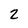
Character: 2